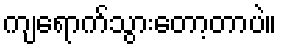
ကျရောက်သွားတော့တာပဲ။